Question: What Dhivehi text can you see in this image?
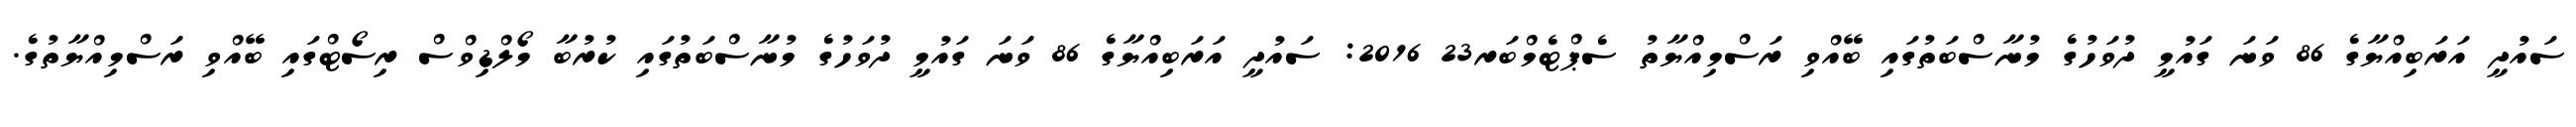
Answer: ސައުދީ އަރަބިއްޔާގެ 86 ވަނަ ގައުމީ ދުވަހުގެ މުނާސްބަތުގައި ބޭއްވި ރަސްމިއްޔާތު ސެޕްޓެމްބަރ23 2016: ސައުދީ އަރަބިއްޔާގެ 86 ވަނަ ގައުމީ ދުވަހުގެ މުނާސްބަތުގައި ކުރުބާ މޯލްޑިވްސް ރިސޯޓްގައި ބޭއްވި ރަސްމިއްޔާތުގެ.